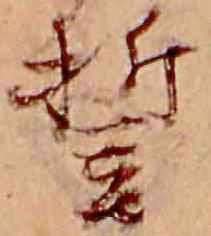
誓